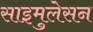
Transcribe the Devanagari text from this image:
साइमुलेसन